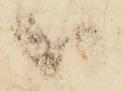
ハ